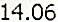
14.06